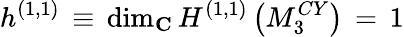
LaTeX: h^{(1,1)}\, \equiv\, \mathrm{dim}_{\mathbf C}\, H^{(1,1)}\left(M_{3}^{CY}\right)\, =\, 1